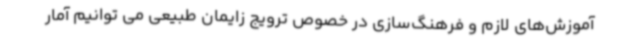
آموزش‌های لازم و فرهنگ‌سازی در خصوص ترویج زایمان طبیعی می توانیم آمار